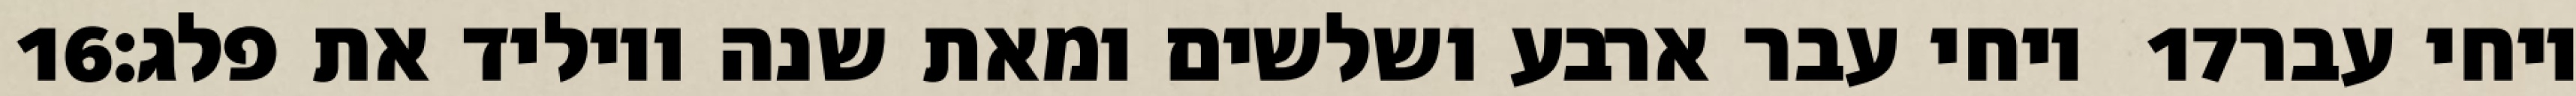
‎16‏ ויחי עבר ארבע ושלשים ומאת שנה ויוליד את פלג׃ ‎17‏ ויחי עבר